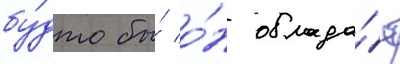
бу́дто бы́ о́н облада́ет